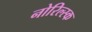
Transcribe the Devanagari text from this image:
नोरिल्स्क